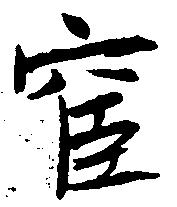
宦